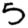
Digit: 5